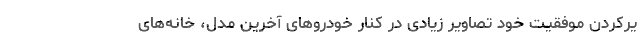
یرکردن موفقیت خود تصاویر زیادی در کنار خودروهای آخرین مدل، خانه‌های